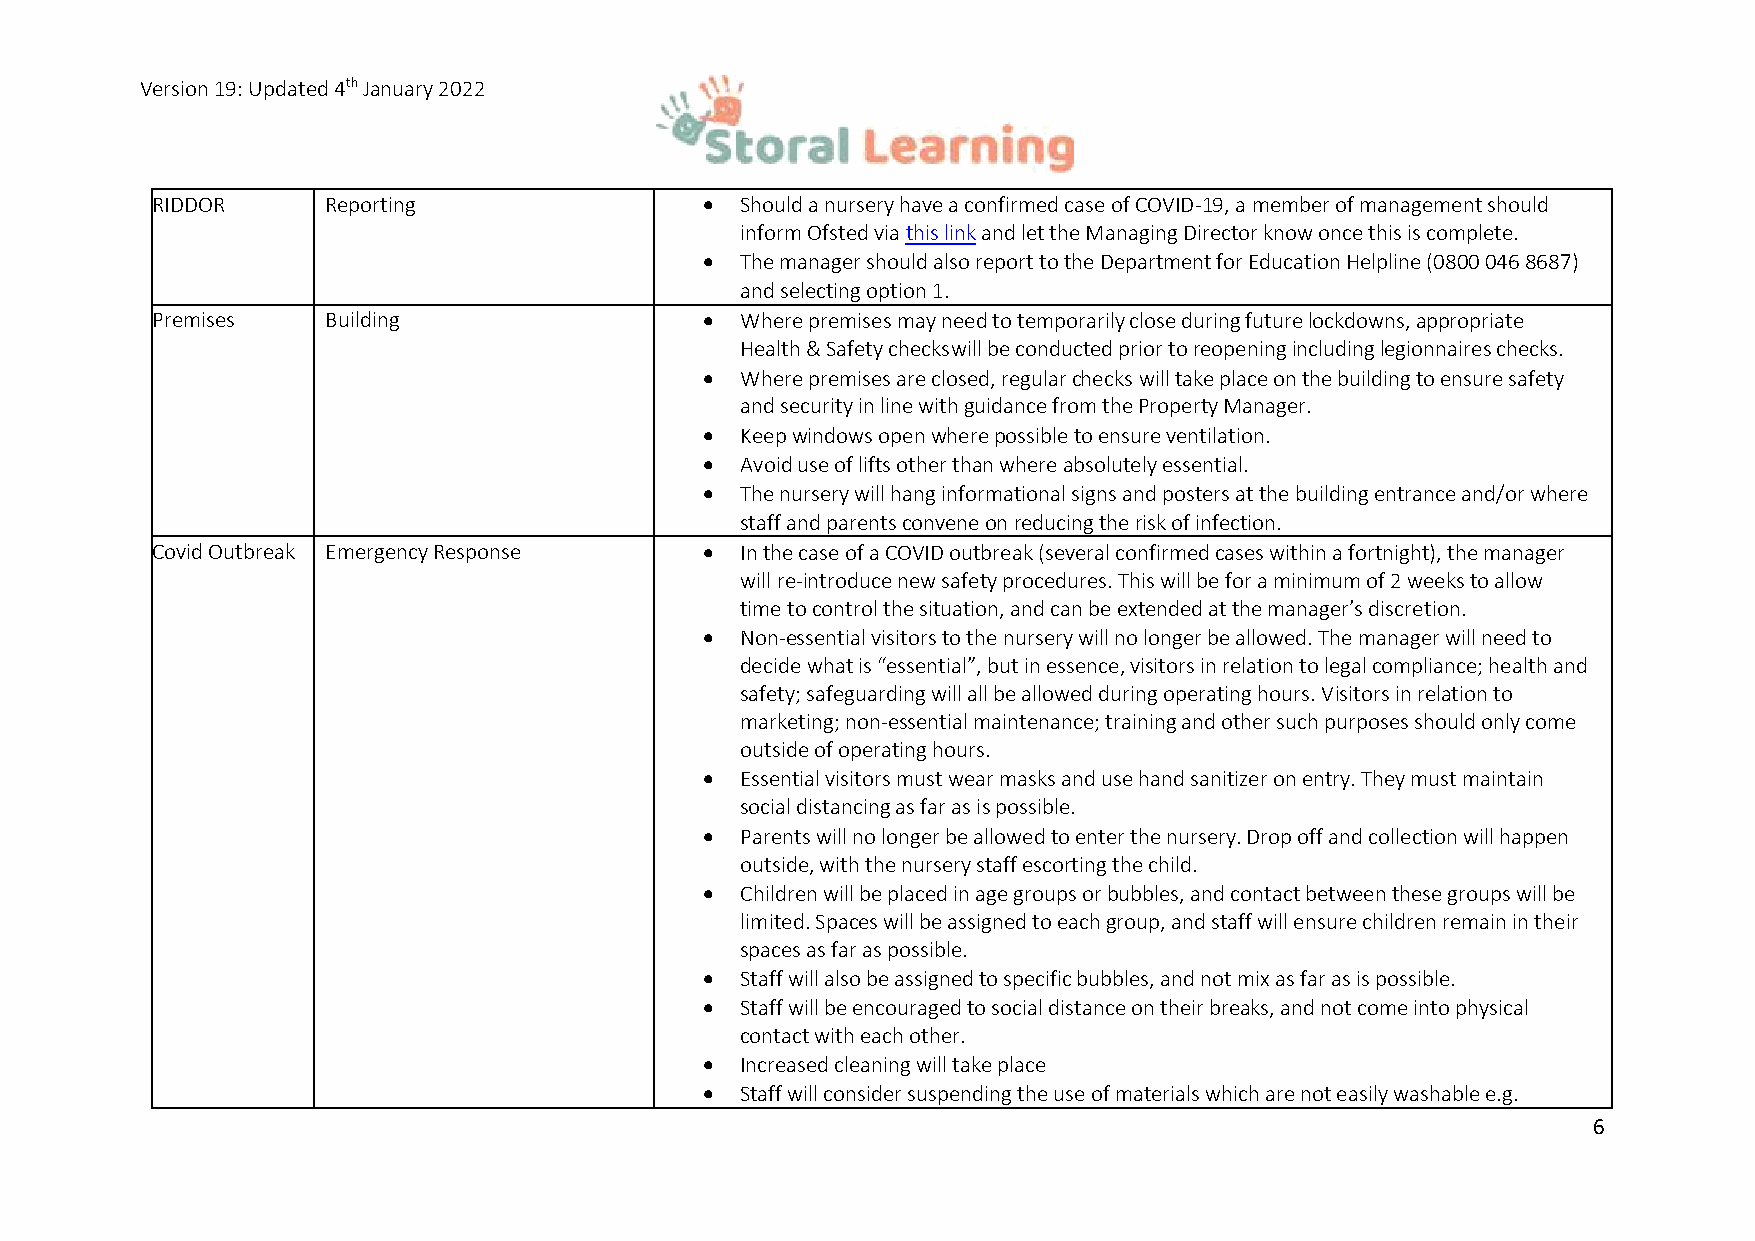
Version 19: Updated 4th January 2022
 RIDDOR      Reporting                • Should a nursery have a confirmed case of COVID-19, a member of management should
 inform Ofsted via this link and let the Managing Director know once this is complete.
 • The manager should also report to the Department for Education Helpline (0800 046 8687)
 and selecting option 1.
 Premises    Building                 • Where premises may need to temporarily close during future lockdowns, appropriate
 Health & Safety checks will be conducted prior to reopening including legionnaires checks.
 • Where premises are closed, regular checks will take place on the building to ensure safety
 and security in line with guidance from the Property Manager.
 • Keep windows open where possible to ensure ventilation.
 • Avoid use of lifts other than where absolutely essential.
 • The nursery will hang informational signs and posters at the building entrance and/or where
 staff and parents convene on reducing the risk of infection.
 Covid Outbreak Emergency Response    • In the case of a COVID outbreak (several confirmed cases within a fortnight), the manager
 will re-introduce new safety procedures. This will be for a minimum of 2 weeks to allow
 time to control the situation, and can be extended at the manager’s discretion.
 • Non-essential visitors to the nursery will no longer be allowed. The manager will need to
 decide what is “essential”, but in essence, visitors in relation to legal compliance; health and
 safety; safeguarding will all be allowed during operating hours. Visitors in relation to
 marketing; non-essential maintenance; training and other such purposes should only come
 outside of operating hours.
 • Essential visitors must wear masks and use hand sanitizer on entry. They must maintain
 social distancing as far as is possible.
 • Parents will no longer be allowed to enter the nursery. Drop off and collection will happen
 outside, with the nursery staff escorting the child.
 • Children will be placed in age groups or bubbles, and contact between these groups will be
 limited. Spaces will be assigned to each group, and staff will ensure children remain in their
 spaces as far as possible.
 • Staff will also be assigned to specific bubbles, and not mix as far as is possible.
 • Staff will be encouraged to social distance on their breaks, and not come into physical
 contact with each other.
 • Increased cleaning will take place
 • Staff will consider suspending the use of materials which are not easily washable e.g.
 6